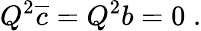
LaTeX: Q^{2}\overline{{{c}}}=Q^{2}b=0\; .